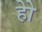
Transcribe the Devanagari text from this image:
होे